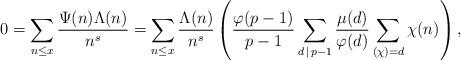
LaTeX: \begin{align*}0=\sum _{n \leq x} \frac{\Psi (n)\Lambda (n)}{n^s}=\sum _{n \leq x} \frac{\Lambda (n)}{n^s}\left(\frac{\varphi (p-1)}{p-1}\sum_{d \,| \,p-1} \frac{\mu (d)}{\varphi (d)}\sum _{(\chi ) = d} \chi (n)\right) ,\end{align*}